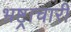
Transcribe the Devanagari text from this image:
भ्रष्ट्राचारी